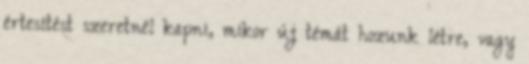
értesítést szeretnél kapni, mikor új témát hozunk létre, vagy